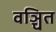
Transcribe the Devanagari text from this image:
वञ्चित